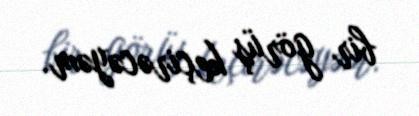
bir görüş keçirəcəyəm.